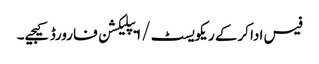
فیس ادا کرکے ریکویسٹ/ ا یپلیکشن فارورڈ کیجیے۔